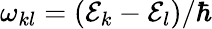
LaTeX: \omega_{kl}=(\mathcal{E}_{k}-\mathcal{E}_{l})/\hbar